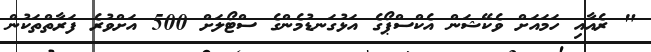
" ރެއާއި ހަމައަށް ވެކޭޝަން އެކްސްޕޯގެ އަޅުގަނޑުމެންގެ ސްޓޯލަށް 500 އަށްވުރެ ފަރާތްތަކުން